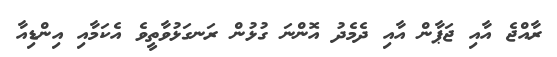
ރާއްޖެ އާއި ޖަޕާން އާއި ދެމެދު އޮންނަ ގުޅުން ރަނގަޅުވާތީވެ އެކަމާއި އިންޑިއާ